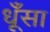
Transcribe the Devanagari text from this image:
धूँसा